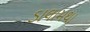
ડાલામથા